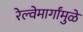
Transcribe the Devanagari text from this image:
रेल्वेमार्गांमुळे